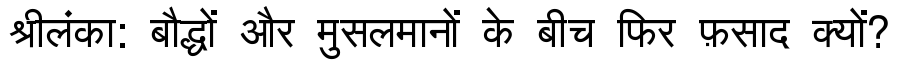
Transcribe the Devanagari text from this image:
श्रीलंका: बौद्धों और मुसलमानों के बीच फिर फ़साद क्यों?